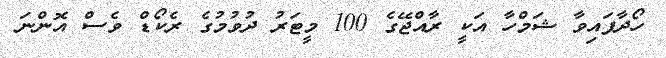
ހޯދާފައިވާ ޝަމްހާ އަކީ ރާއްޖޭގެ 100 މީޓަރު ދުވުމުގެ ރެކޯޑް ވެސް އޮންނަ